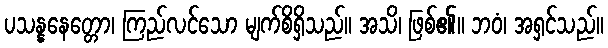
ပသန္နနေတ္တော၊ ကြည်လင်သော မျက်စိရှိသည်။ အသိ၊ ဖြစ်၏။ ဘဝံ၊ အရှင်သည်။